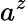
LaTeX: a^{z}